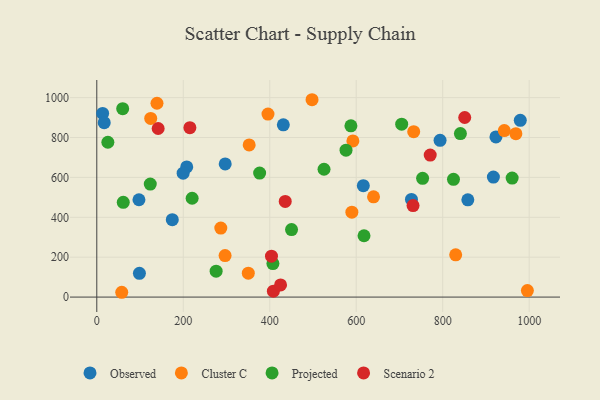
{"axis": {"x": "Ad Spend", "y": "Rating"}, "legend": ["Cluster C", "Observed", "Projected", "Scenario 2"], "data": [{"x": "923.1", "y": 802.8, "type": "Observed"}, {"x": "858.1", "y": 487.6, "type": "Observed"}, {"x": "793.9", "y": 785.7, "type": "Observed"}, {"x": "979.4", "y": 886.2, "type": "Observed"}, {"x": "97.5", "y": 488.0, "type": "Observed"}, {"x": "431.4", "y": 863.7, "type": "Observed"}, {"x": "917.2", "y": 601.5, "type": "Observed"}, {"x": "208.0", "y": 652.4, "type": "Observed"}, {"x": "174.6", "y": 388.2, "type": "Observed"}, {"x": "13.5", "y": 920.6, "type": "Observed"}, {"x": "727.7", "y": 489.5, "type": "Observed"}, {"x": "297.0", "y": 667.6, "type": "Observed"}, {"x": "616.4", "y": 558.4, "type": "Observed"}, {"x": "199.7", "y": 621.4, "type": "Observed"}, {"x": "98.6", "y": 118.9, "type": "Observed"}, {"x": "17.2", "y": 874.2, "type": "Observed"}, {"x": "732.9", "y": 829.2, "type": "Cluster C"}, {"x": "830.0", "y": 211.7, "type": "Cluster C"}, {"x": "969.2", "y": 819.4, "type": "Cluster C"}, {"x": "592.3", "y": 783.1, "type": "Cluster C"}, {"x": "286.8", "y": 346.1, "type": "Cluster C"}, {"x": "395.9", "y": 917.7, "type": "Cluster C"}, {"x": "942.4", "y": 834.8, "type": "Cluster C"}, {"x": "350.4", "y": 119.8, "type": "Cluster C"}, {"x": "352.4", "y": 762.9, "type": "Cluster C"}, {"x": "995.8", "y": 32.7, "type": "Cluster C"}, {"x": "640.0", "y": 502.9, "type": "Cluster C"}, {"x": "57.7", "y": 24.1, "type": "Cluster C"}, {"x": "497.8", "y": 989.5, "type": "Cluster C"}, {"x": "124.7", "y": 895.5, "type": "Cluster C"}, {"x": "139.2", "y": 971.9, "type": "Cluster C"}, {"x": "296.7", "y": 208.1, "type": "Cluster C"}, {"x": "589.9", "y": 425.5, "type": "Cluster C"}, {"x": "407.3", "y": 168.0, "type": "Projected"}, {"x": "576.4", "y": 736.7, "type": "Projected"}, {"x": "587.7", "y": 858.8, "type": "Projected"}, {"x": "25.6", "y": 776.3, "type": "Projected"}, {"x": "618.0", "y": 307.6, "type": "Projected"}, {"x": "123.7", "y": 566.4, "type": "Projected"}, {"x": "59.9", "y": 944.4, "type": "Projected"}, {"x": "705.1", "y": 867.0, "type": "Projected"}, {"x": "276.0", "y": 129.8, "type": "Projected"}, {"x": "824.9", "y": 590.6, "type": "Projected"}, {"x": "376.6", "y": 621.8, "type": "Projected"}, {"x": "525.5", "y": 640.9, "type": "Projected"}, {"x": "220.5", "y": 495.4, "type": "Projected"}, {"x": "840.9", "y": 819.8, "type": "Projected"}, {"x": "61.2", "y": 475.0, "type": "Projected"}, {"x": "960.6", "y": 596.7, "type": "Projected"}, {"x": "753.5", "y": 595.6, "type": "Projected"}, {"x": "450.4", "y": 338.3, "type": "Projected"}, {"x": "850.9", "y": 900.3, "type": "Scenario 2"}, {"x": "408.4", "y": 29.8, "type": "Scenario 2"}, {"x": "425.0", "y": 61.0, "type": "Scenario 2"}, {"x": "731.4", "y": 458.7, "type": "Scenario 2"}, {"x": "404.0", "y": 205.0, "type": "Scenario 2"}, {"x": "771.1", "y": 712.1, "type": "Scenario 2"}, {"x": "435.8", "y": 479.6, "type": "Scenario 2"}, {"x": "215.3", "y": 849.5, "type": "Scenario 2"}, {"x": "141.9", "y": 845.2, "type": "Scenario 2"}]}